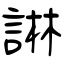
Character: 諃